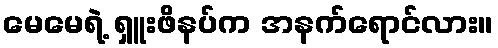
မေမေရဲ့ ရှူးဖိနပ်က အနက်ရောင်လား။